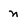
Character: n